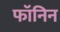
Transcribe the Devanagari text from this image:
फॉनिन